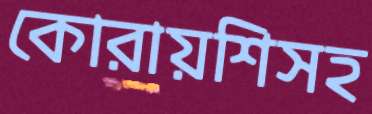
কোরায়শিসহ